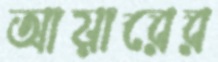
আয়ারের